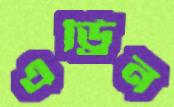
এড্রিন